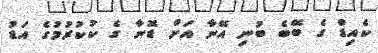
ކެއިޑް ގެ ބޭބެ ބުނި އޭނާ އަށް ޑޮނާ ގެ ކުކުރުމުގެ އަޑު